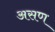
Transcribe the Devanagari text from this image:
असण